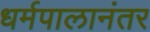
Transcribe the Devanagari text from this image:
धर्मपालानंतर